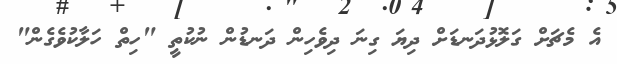
އެ މެޗަށް ގަލޮޅުދަނޑަށް ދިޔަ ގިނަ ދިވެހިން ދަނޑުން ނުކުތީ "ހިތް ހަލާކުވެގެން"